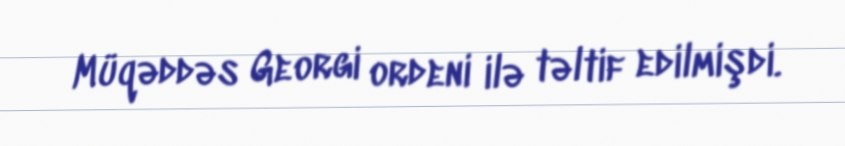
Müqəddəs Georgi ordeni ilə təltif edilmişdi.